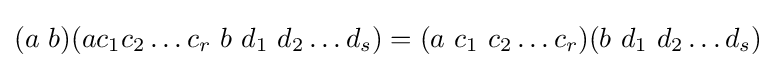
(a\ b)(ac_{1}c_{2}\dots c_{r}\ b\ d_{1}\ d_{2}\dots d_{s})=(a\ c_{1}\ c_{2}\dots c_{r})(b\ d_{1}\ d_{2}\dots d_{s})